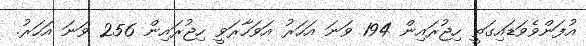
އުފަންވެވަޑައިގަތީ ހިޖުރައިން 194 ވަނަ އަހަރު އަވަހާރަވީ ހިޖުރައިން 256 ވަނަ އަހަރު.